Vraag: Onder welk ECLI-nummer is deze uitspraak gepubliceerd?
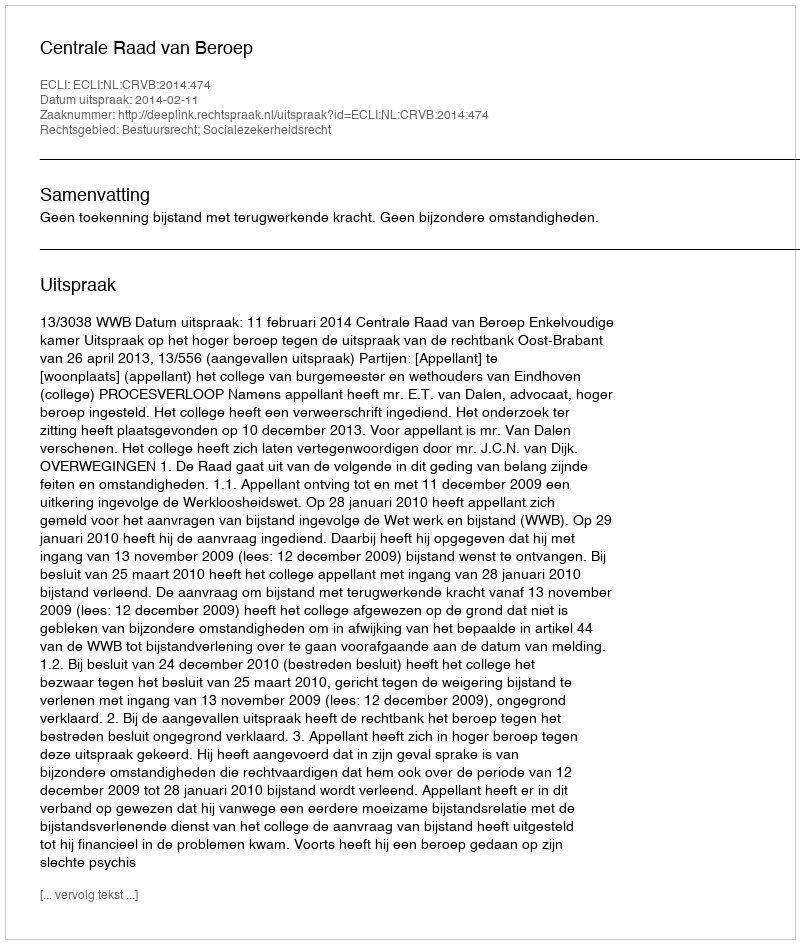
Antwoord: ECLI:NL:CRVB:2014:474